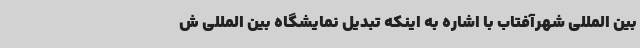
بین المللی شهرآفتاب با اشاره به اینکه تبدیل نمایشگاه بین المللی ش